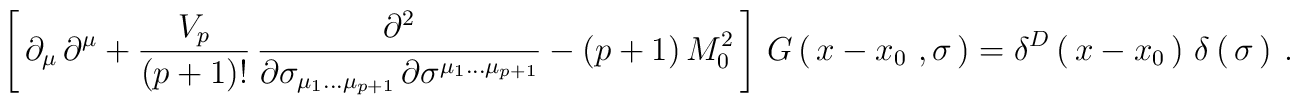
\left[\,  \partial_\mu\, \partial^\mu + {V_p\over (p+1)!}\,	{\partial^2\over \partial\sigma_{\mu_1\dots\mu_{p+1}}\,         \partial\sigma^{\mu_1\dots\mu_{p+1}}}        - (p+1)\, M_0^2\, \right]\,  G\left(\, x-x_0\ , \sigma\, \right)=        \delta^D\left(\, x-x_0\, \right)\,	\delta\left(\, \sigma\, \right)\ .